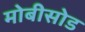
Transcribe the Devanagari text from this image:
मोबीसोड